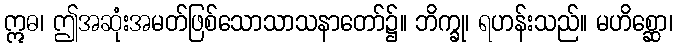
ဣဓ၊ ဤအဆုံးအမတ်ဖြစ်သောသာသနာတော်၌။ ဘိက္ခု၊ ရဟန်းသည်။ မဟိစ္ဆော၊